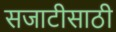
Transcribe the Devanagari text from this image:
सजाटीसाठी